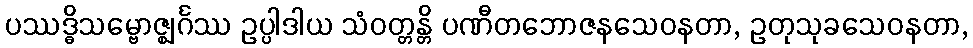
ပဿဒ္ဓိသမ္ဗောဇ္ဈင်္ဂဿ ဥပ္ပါဒါယ သံဝတ္တန္တိ ပဏီတဘောဇနသေဝနတာ, ဥတုသုခသေဝနတာ,